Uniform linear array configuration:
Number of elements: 16
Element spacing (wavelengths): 0.5
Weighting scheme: hann
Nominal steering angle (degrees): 60
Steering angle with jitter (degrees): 61.229
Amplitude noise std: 0.05
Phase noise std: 0.05

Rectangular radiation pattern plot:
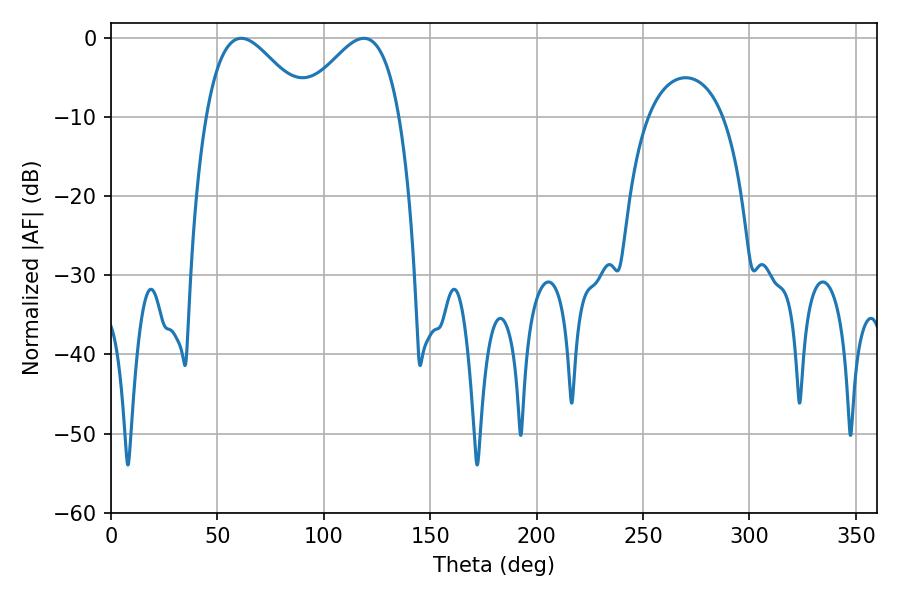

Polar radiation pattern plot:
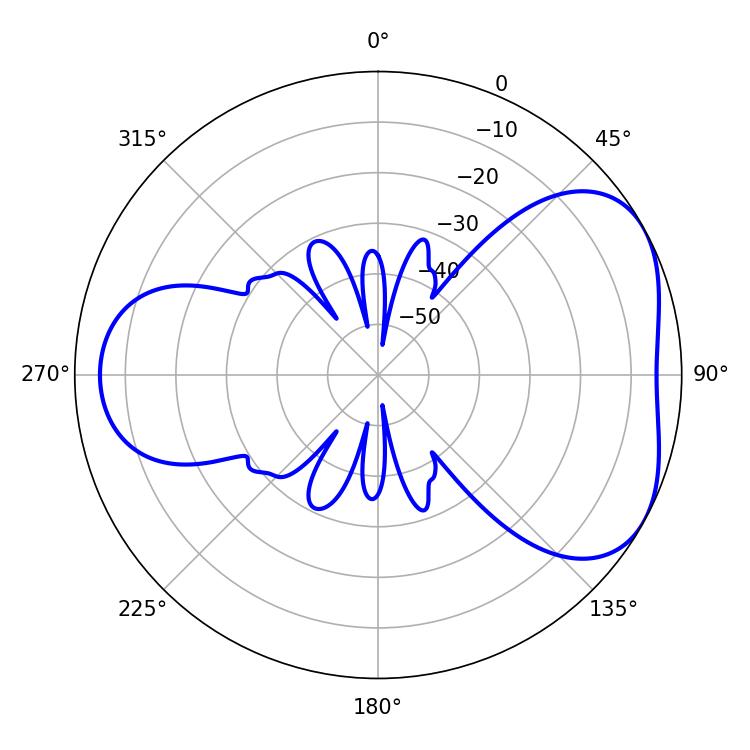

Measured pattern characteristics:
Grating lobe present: FALSE
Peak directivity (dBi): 4.55
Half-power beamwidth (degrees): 25.56
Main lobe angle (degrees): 61.2